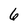
Character: 6